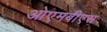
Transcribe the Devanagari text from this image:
ओएमबीएस